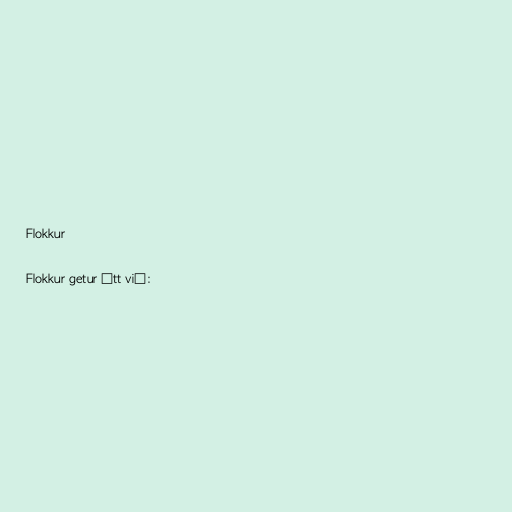
Flokkur

Flokkur getur átt við: